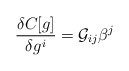
\begin{align*}\frac{\delta C[g]}{\delta g^i} = {\cal G}_{ij}\beta^j \end{align*}